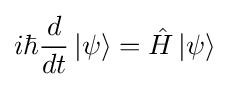
i\hbar {\frac {d}{dt}}\left|\psi \right\rangle ={\hat {H}}\left|\psi \right\rangle